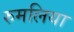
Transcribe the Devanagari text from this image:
रुमलिया